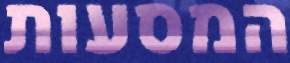
המסעות